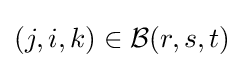
(j,i,k)\in {\mathcal {B}}(r,s,t)